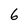
Character: 6